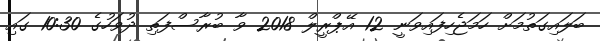
ބަލައިގަތުމަށް ހަމަޖެހިފައިވަނީ 12 އޭޕްރީލް 2018 ވާ ބުރާސްފަތި ދުވަހުގެ 10:30 ގައި